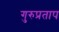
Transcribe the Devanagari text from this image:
गुरुप्रताप